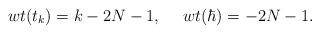
LaTeX: \begin{align*}wt(t_{k})=k-2N-1, ~~~~wt(\hbar)=-2N-1.\end{align*}